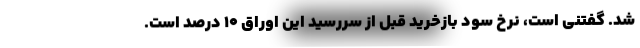
شد. گفتنی است، نرخ سود بازخرید قبل از سررسید این اوراق 10 درصد است.